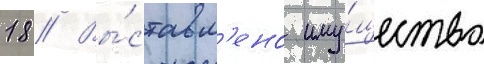
18 // Вы́ставл'ено иму́щество